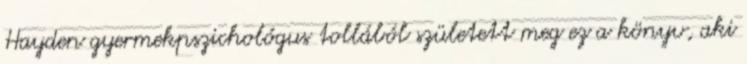
Hayden gyermekpszichológus tollából született meg ez a könyv, aki